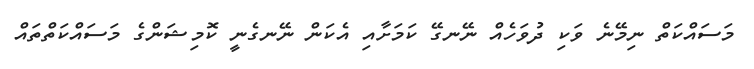
މަސައްކަތް ނިމޭނެ ވަކި ދުވަހެއް ނޭނގޭ ކަމަށާއި އެކަން ނޭނގެނީ ކޮމިޝަންގެ މަސައްކަތްތައް